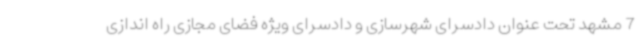
7 مشهد تحت عنوان دادسرای شهرسازی و دادسرای ویژه فضای مجازی راه اندازی